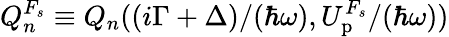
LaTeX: Q_{n}^{F_{s}}\equiv Q_{n}({(i\Gamma+\Delta)}/{(\hbar\omega)},{U_{\mathrm{p}}^{F_{s}}}/{(\hbar\omega)})